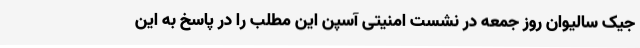
جیک سالیوان روز جمعه در نشست امنیتی آسپن این مطلب را در پاسخ به این